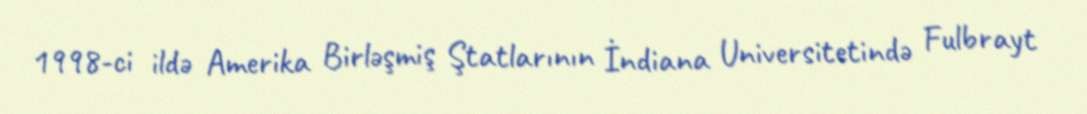
1998-ci ildə Amerika Birləşmiş Ştatlarının İndiana Universitetində Fulbrayt